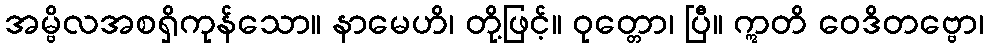
အမ္ဗိလအစရှိကုန်သော။ နာမေဟိ၊ တို့ဖြင့်။ ဝုတ္တော၊ ပြီ။ ဣတိ ဝေဒိတဗ္ဗော၊